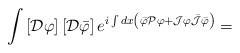
LaTeX: \begin{align*}\int \left[ {\cal D} \varphi \right] \left[ {\cal D}\bar{\varphi} \right] e^{i \int dx \left( \bar{\varphi} {\cal P}\varphi + {\cal J} \varphi \bar{{\cal J}} \bar{\varphi} \right) } =\end{align*}